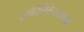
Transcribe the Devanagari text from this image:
शांतिनिकेतनाच्या